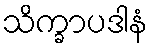
သိက္ခာပဒါနံ